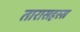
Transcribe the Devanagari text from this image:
तारासहस्स्र